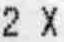
2 X